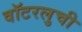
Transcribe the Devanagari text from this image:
वॉटरलुची